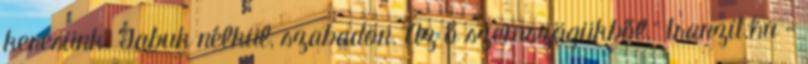
keresünk. Tabuk nélkül, szabadon. Az ő szemszögükből." tranzit.hu -